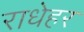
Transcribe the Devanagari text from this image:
राधेहर